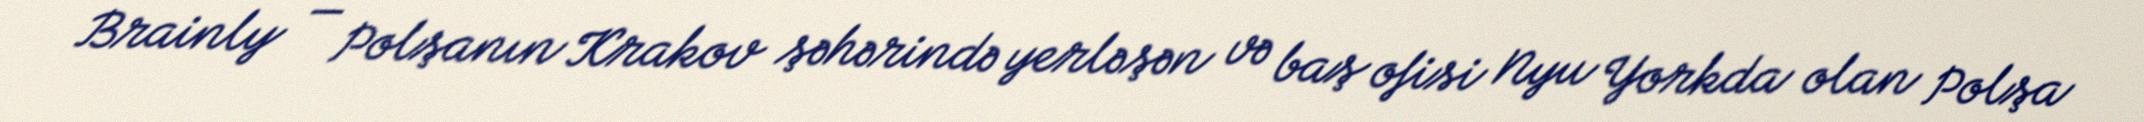
Brainly — Polşanın Krakov şəhərində yerləşən və baş ofisi Nyu Yorkda olan Polşa